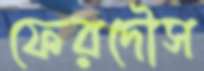
ফেরদৌস